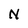
Character: N